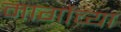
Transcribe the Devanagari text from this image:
मार्गोच्या